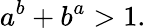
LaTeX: a^{b}+b^{a}>1.